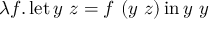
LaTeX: \lambda f . \operatorname { l e t } y \ z = f \ ( y \ z ) \operatorname { i n } y \ y